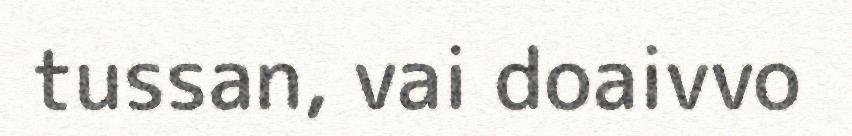
tussan, vai doaivvo